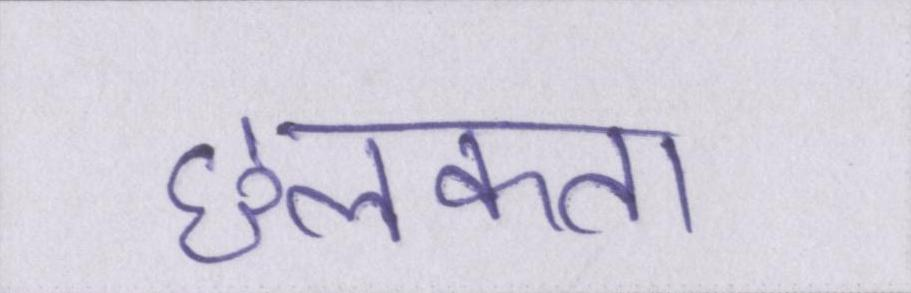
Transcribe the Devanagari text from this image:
छलकता